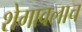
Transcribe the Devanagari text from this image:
शेगावलाच